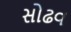
સોઢવ